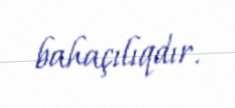
bahaçılıqdır.